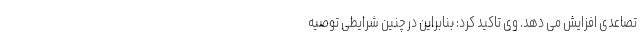
تصاعدی افزایش می دهد. وی تاکید کرد: بنابراین در چنین شرایطی توصیه